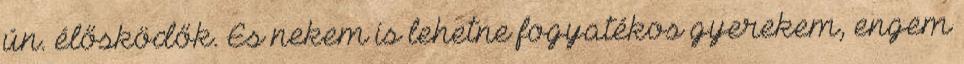
ún. élősködők. És nekem is lehetne fogyatékos gyerekem, engem